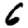
Digit: 6